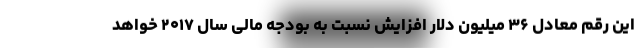
این رقم معادل ۳۶ میلیون دلار افزایش نسبت به بودجه مالی سال ۲۰۱۷ خواهد